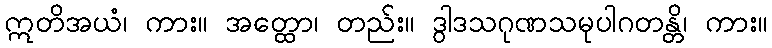
ဣတိအယံ၊ ကား။ အတ္ထော၊ တည်း။ ဒွါဒသဂုဏသမုပါဂတန္တိ၊ ကား။